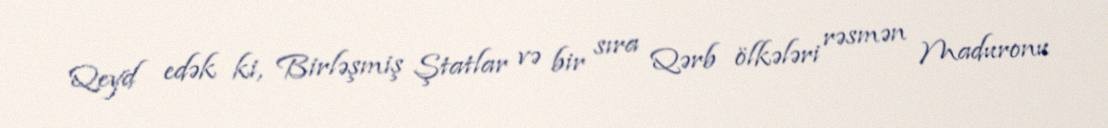
Qeyd edək ki, Birləşmiş Ştatlar və bir sıra Qərb ölkələri rəsmən Maduronu